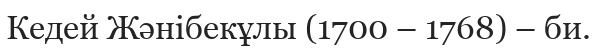
Кедей Жәнібекұлы (1700 – 1768) – би.